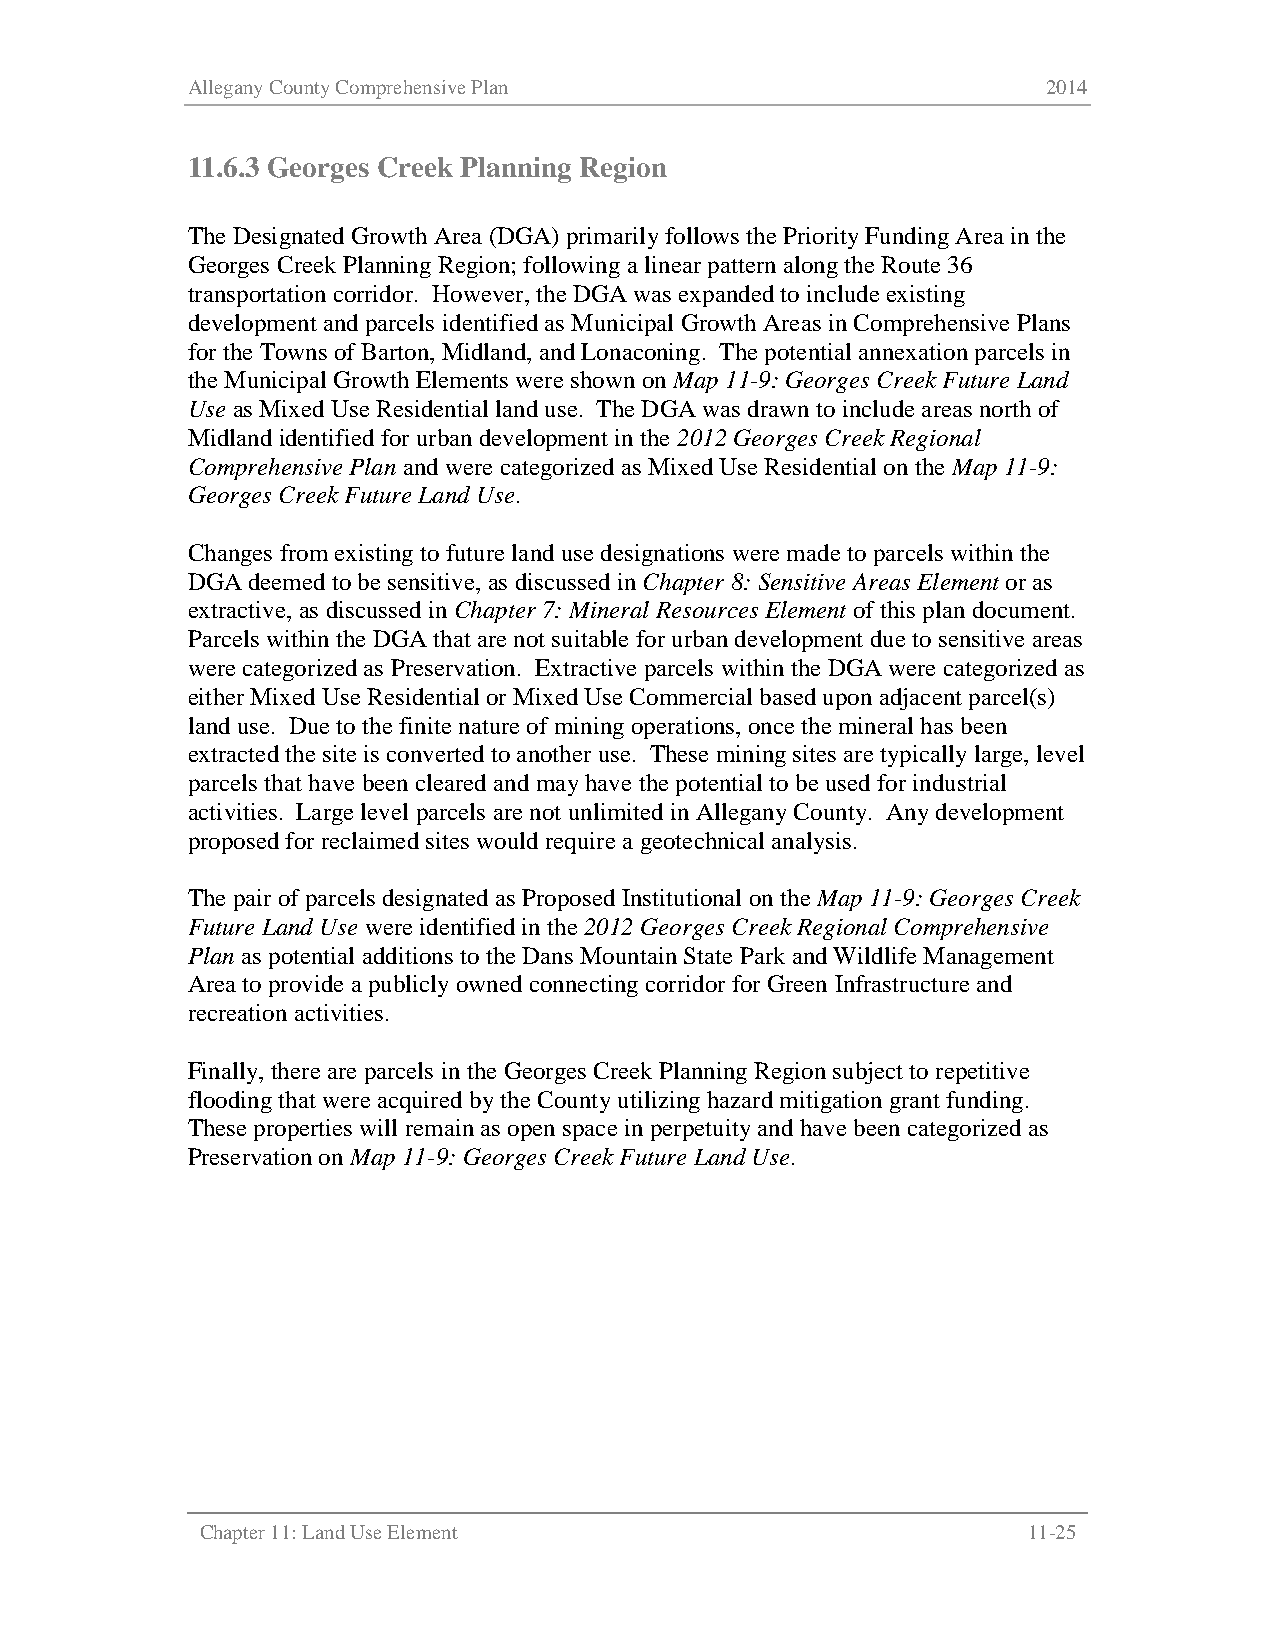
Allegany County Comprehensive Plan                       2014
 11.6.3 Georges Creek Planning Region
 The Designated Growth Area (DGA) primarily follows the Priority Funding Area in the
 Georges Creek Planning Region; following a linear pattern along the Route 36
 transportation corridor. However, the DGA was expanded to include existing
 development and parcels identified as Municipal Growth Areas in Comprehensive Plans
 for the Towns of Barton, Midland, and Lonaconing. The potential annexation parcels in
 the Municipal Growth Elements were shown on Map 11-9: Georges Creek Future Land
 Use as Mixed Use Residential land use. The DGA was drawn to include areas north of
 Midland identified for urban development in the 2012 Georges Creek Regional
 Comprehensive Plan and were categorized as Mixed Use Residential on the Map 11-9:
 Georges Creek Future Land Use.
 Changes from existing to future land use designations were made to parcels within the
 DGA deemed to be sensitive, as discussed in Chapter 8: Sensitive Areas Element or as
 extractive, as discussed in Chapter 7: Mineral Resources Element of this plan document.
 Parcels within the DGA that are not suitable for urban development due to sensitive areas
 were categorized as Preservation. Extractive parcels within the DGA were categorized as
 either Mixed Use Residential or Mixed Use Commercial based upon adjacent parcel(s)
 land use. Due to the finite nature of mining operations, once the mineral has been
 extracted the site is converted to another use. These mining sites are typically large, level
 parcels that have been cleared and may have the potential to be used for industrial
 activities. Large level parcels are not unlimited in Allegany County. Any development
 proposed for reclaimed sites would require a geotechnical analysis.
 The pair of parcels designated as Proposed Institutional on the Map 11-9: Georges Creek
 Future Land Use were identified in the 2012 Georges Creek Regional Comprehensive
 Plan as potential additions to the Dans Mountain State Park and Wildlife Management
 Area to provide a publicly owned connecting corridor for Green Infrastructure and
 recreation activities.
 Finally, there are parcels in the Georges Creek Planning Region subject to repetitive
 flooding that were acquired by the County utilizing hazard mitigation grant funding.
 These properties will remain as open space in perpetuity and have been categorized as
 Preservation on Map 11-9: Georges Creek Future Land Use.
 Chapter 11: Land Use Element                           11-25